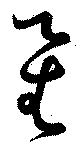
星